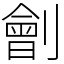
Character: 劊